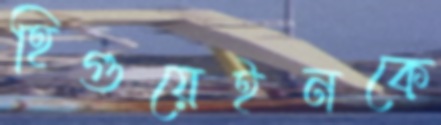
হিগুয়েইনকে